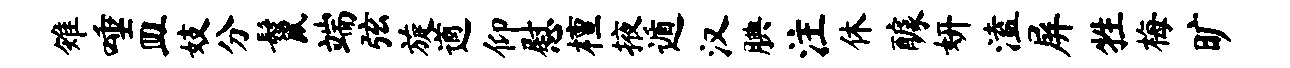
雉唾皿妓分鬣端弦旋遒仰慰檀掖遁汉腆注休醵妍溘屏牲梅旷